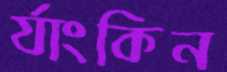
র‍্যাংকিন